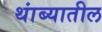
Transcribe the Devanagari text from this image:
थांब्यातील